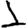
Digit: 1